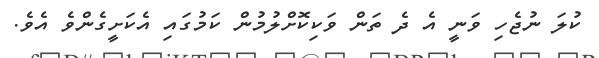
ކުލަ ނުޖެހި ވަނީ އެ ދެ ތަން ވަކިކޮށްލުމުން ކަމުގައި އެކަށީގެންވެ އެވެ.